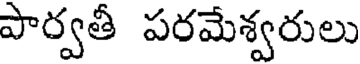
పార్వతీ పరమేశ్వరులు